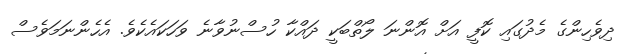
ދިވެހިންގެ މެދުގައި ކޮފީ އަށް އޮންނަ ލޯތްބަކީ ދައްކާ ހުސްނުވާނެ ވަހަކައެކެވެ. އެހެންނަމަވެސް